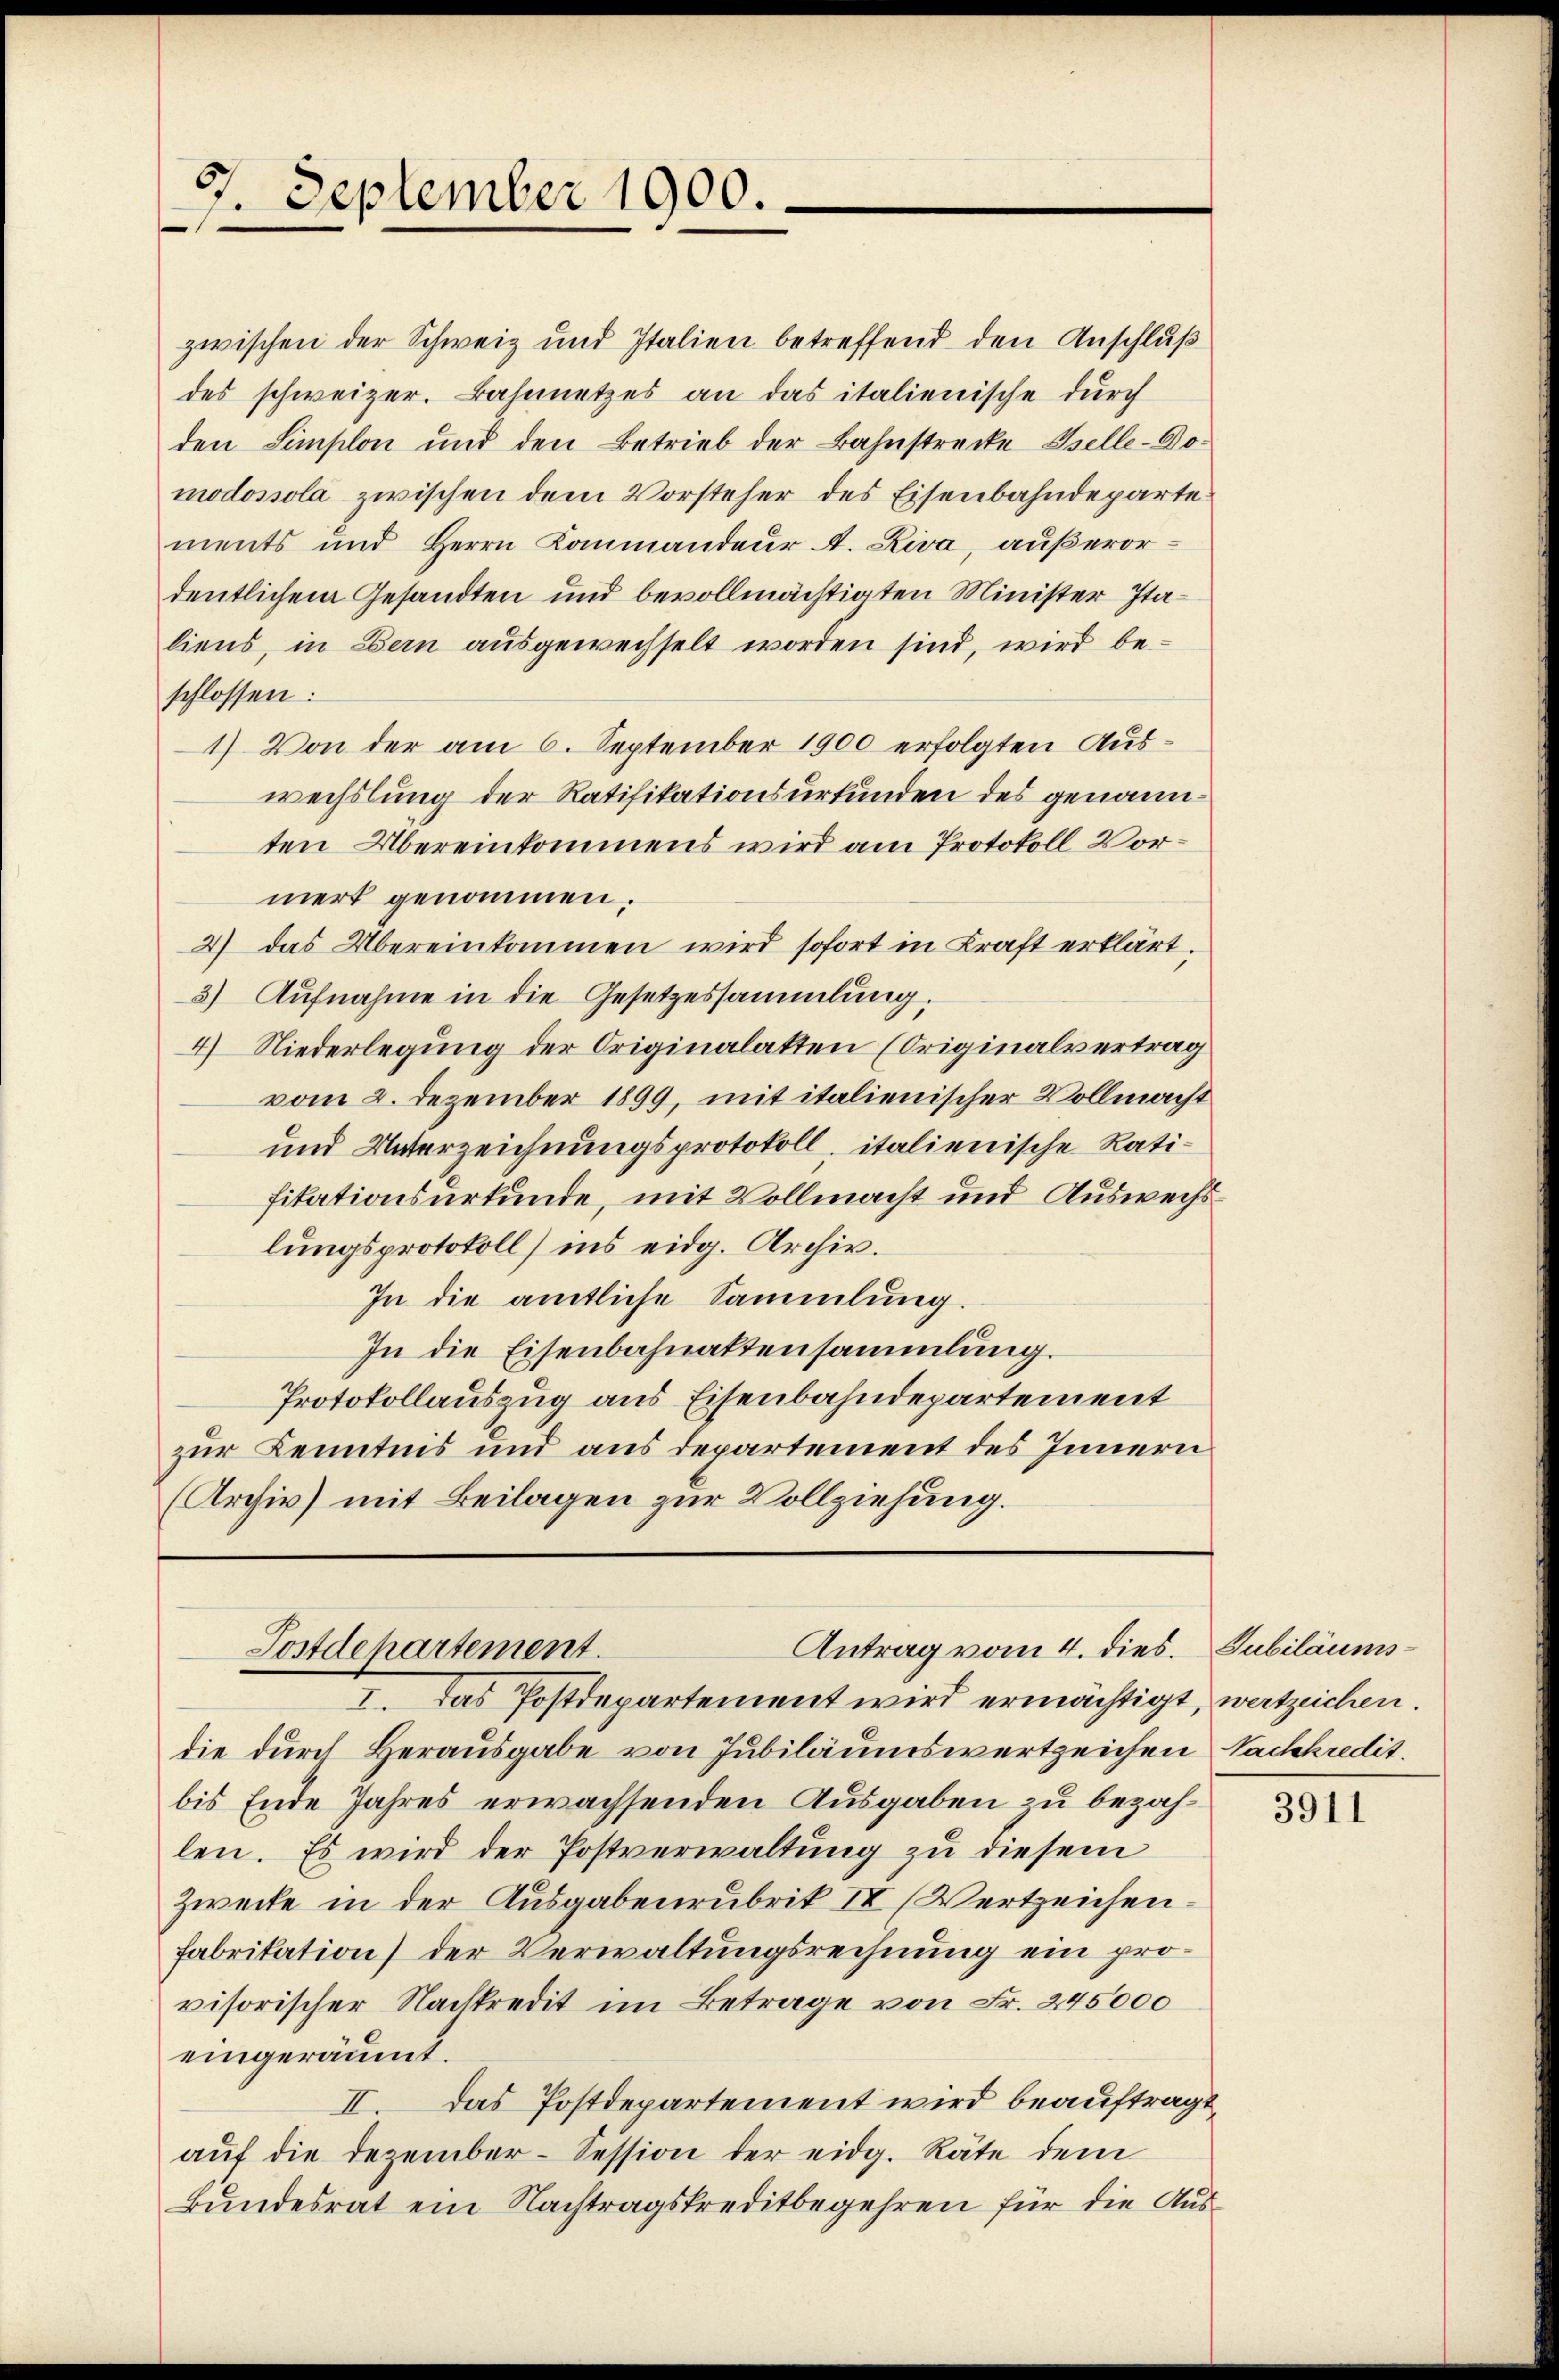
9. September 1900.

zwischen der Schweiz und Italien betreffend den Anschluß
des schweizer. Bahnnetzes an das italienische durch
den Simplon und den Betrieb der Bahnstrecke Iselle-Domodossola zwischen dem Vorsteher des Eisenbahndepartements und Herrn Kommandeur A. Riva, außerordentlichem Gesandten und bevollmächtigten Minister Italiens, in Bern ausgewechselt worden sind, wird beschlossen:
1) Von der am 6. September 1900 erfolgten Auswechslung der Ratifikationsurfunden des genannten Übereinkommens wird am Protokoll Vormert genommen.
2) das Übereinkommen wird sofort in Kraft erklärt.
3) Aufnahme in die Gesetzessammlung.
4) Niederlegung der Originalatten (Originalvertrag
vom 2. Dezember 1899, mit italienischer Vollmacht
und Unterzeichnungsprotokoll, italienische Ratifitationsurkunde, mit Vollmacht und Auswechslungsprotokoll) ins eidg. Archiv.
In die amtliche Sammlung.
In die Eisenbahnaktensammlung.
Protokollauszug aus Eisenbahndepartement
zur Kenntnis und aus Departement des Innern
(Archiv) mit Beilagen zur Vollziehung.

Antrag vom 4. dies.
Postdehartement.

I. Das Postdepartement wird ermächtigt, wertzeichen.
die durch Herausgabe von Jubiläumswertzeichen Nachkredit.
bis Ende Jahres erwachsenden Ausgaben zu bezahlen. Es wird der Postverwaltung zu diesem
Zwecke in der Ausgabenrubrik II (Wertzeichen¬
Fabrikation) der Verwaltungsrechnung ein provisorischer Nachkredit im Betrage von Fr. 245000
eingeräumt.
II. Das Postdepartement wird beauftragt,
auf die Dezember-Session der eidg. Räte dem
Bundesrat ein Nachtragskreditbegehren für die Aus¬

Jubiläums¬

3911